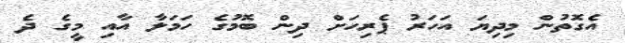
އެގޮތުން މިދިޔަ އަހަރު ޕެރިހަށް ދިން ބޮމުގެ ހަމަލާ އާއި މީގެ ދެ